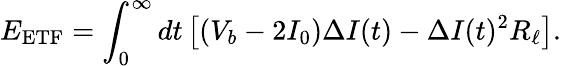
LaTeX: E_{\mathrm{ETF}}=\int_{0}^{\infty}\mathop{dt}\left[(V_{b}-2I_{0})\Delta I(t)-\Delta I(t)^{2}R_{\ell}\right].